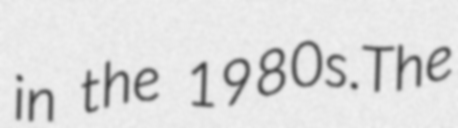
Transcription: in the 1980s.The